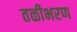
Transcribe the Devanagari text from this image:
तळीभरण